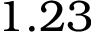
1 . 2 3